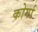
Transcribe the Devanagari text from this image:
कोर्गा